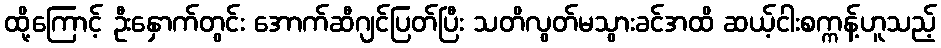
ထို့ကြောင့် ဦးနှောက်တွင်း အောက်ဆီဂျင်ပြတ်ပြီး သတိလွတ်မသွားခင်အထိ ဆယ့်ငါးစက္ကန့်ဟူသည့်